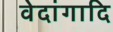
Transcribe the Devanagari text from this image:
वेदांगादि